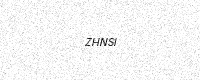
Text: ZHNSI